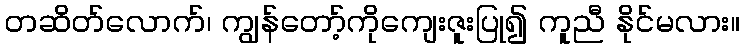
တဆိတ်လောက်၊ ကျွန်တော့်ကိုကျေးဇူးပြု၍ ကူညီ နိုင်မလား။